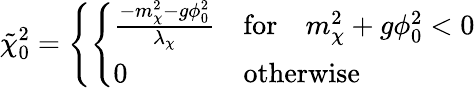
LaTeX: \tilde{\chi}_{0}^{2}=\left\{ \left\{ \begin{array}{ll}{{{\frac{-m_{\chi}^{2}-g\phi_{0}^{2}}{\lambda_{\chi}}}}}&{{\mathrm{for}\quad m_{\chi}^{2}+g\phi_{0}^{2}<0}}\\ {{0}}&{{\mathrm{otherwise}}}\end{array}\right.\right.